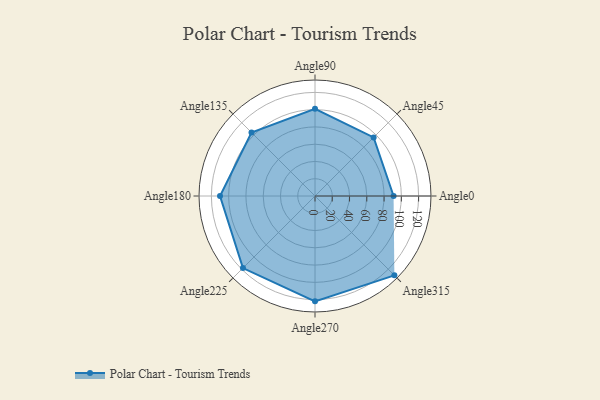
{"axis": {"x": "Angle", "y": "Radius"}, "legend": [""], "data": [{"x": "Angle0", "y": 91.0, "type": ""}, {"x": "Angle45", "y": 96.0, "type": ""}, {"x": "Angle90", "y": 101.0, "type": ""}, {"x": "Angle135", "y": 104.0, "type": ""}, {"x": "Angle180", "y": 110.0, "type": ""}, {"x": "Angle225", "y": 118.0, "type": ""}, {"x": "Angle270", "y": 122.0, "type": ""}, {"x": "Angle315", "y": 130.0, "type": ""}]}